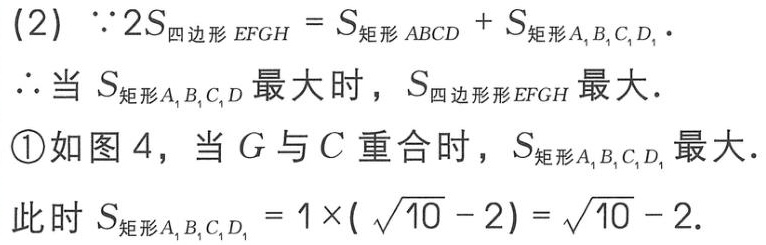
(2) \(\because 2S_{四边形EFGH}=S_{矩形ABCD}+S_{矩形A_{1}B_{1}C_{1}D_{1}}\).
\(\therefore\)当 \(S_{矩形A_{1}B_{1}C_{1}D_{1}}\) 最大时，\(S_{四边形EFGH}\) 最大.
\textcircled{1}如图 4，当 \(G\) 与 \(C\) 重合时，\(S_{矩形A_{1}B_{1}C_{1}D_{1}}\) 最大.
此时 \(S_{矩形A_{1}B_{1}C_{1}D_{1}} = 1\times(\sqrt{10}-2)=\sqrt{10}-2\).